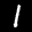
Label: 1